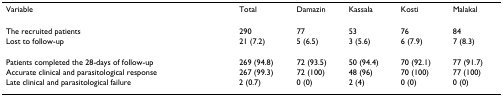
<table><thead><tr><td><b>Variable</b></td><td><b>Total</b></td><td><b>Damazin</b></td><td><b>Kassala</b></td><td><b>Kosti</b></td><td><b>Malakal</b></td></tr></thead><tbody><tr><td>The recruited patients</td><td>290</td><td>77</td><td>53</td><td>76</td><td>84</td></tr><tr><td>Lost to follow-up</td><td>21 (7.2)</td><td>5 (6.5)</td><td>3 (5.6)</td><td>6 (7.9)</td><td>7 (8.3)</td></tr><tr><td>Patients completed the 28-days of follow-up</td><td>269 (94.8)</td><td>72 (93.5)</td><td>50 (94.4)</td><td>70 (92.1)</td><td>77 (91.7)</td></tr><tr><td>Accurate clinical and parasitological response</td><td>267 (99.3)</td><td>72 (100)</td><td>48 (96)</td><td>70 (100)</td><td>77 (100)</td></tr><tr><td>Late clinical and parasitological failure</td><td>2 (0.7)</td><td>0 (0)</td><td>2 (4)</td><td>0 (0)</td><td>0 (0)</td></tr></tbody></table>